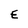
Character: E